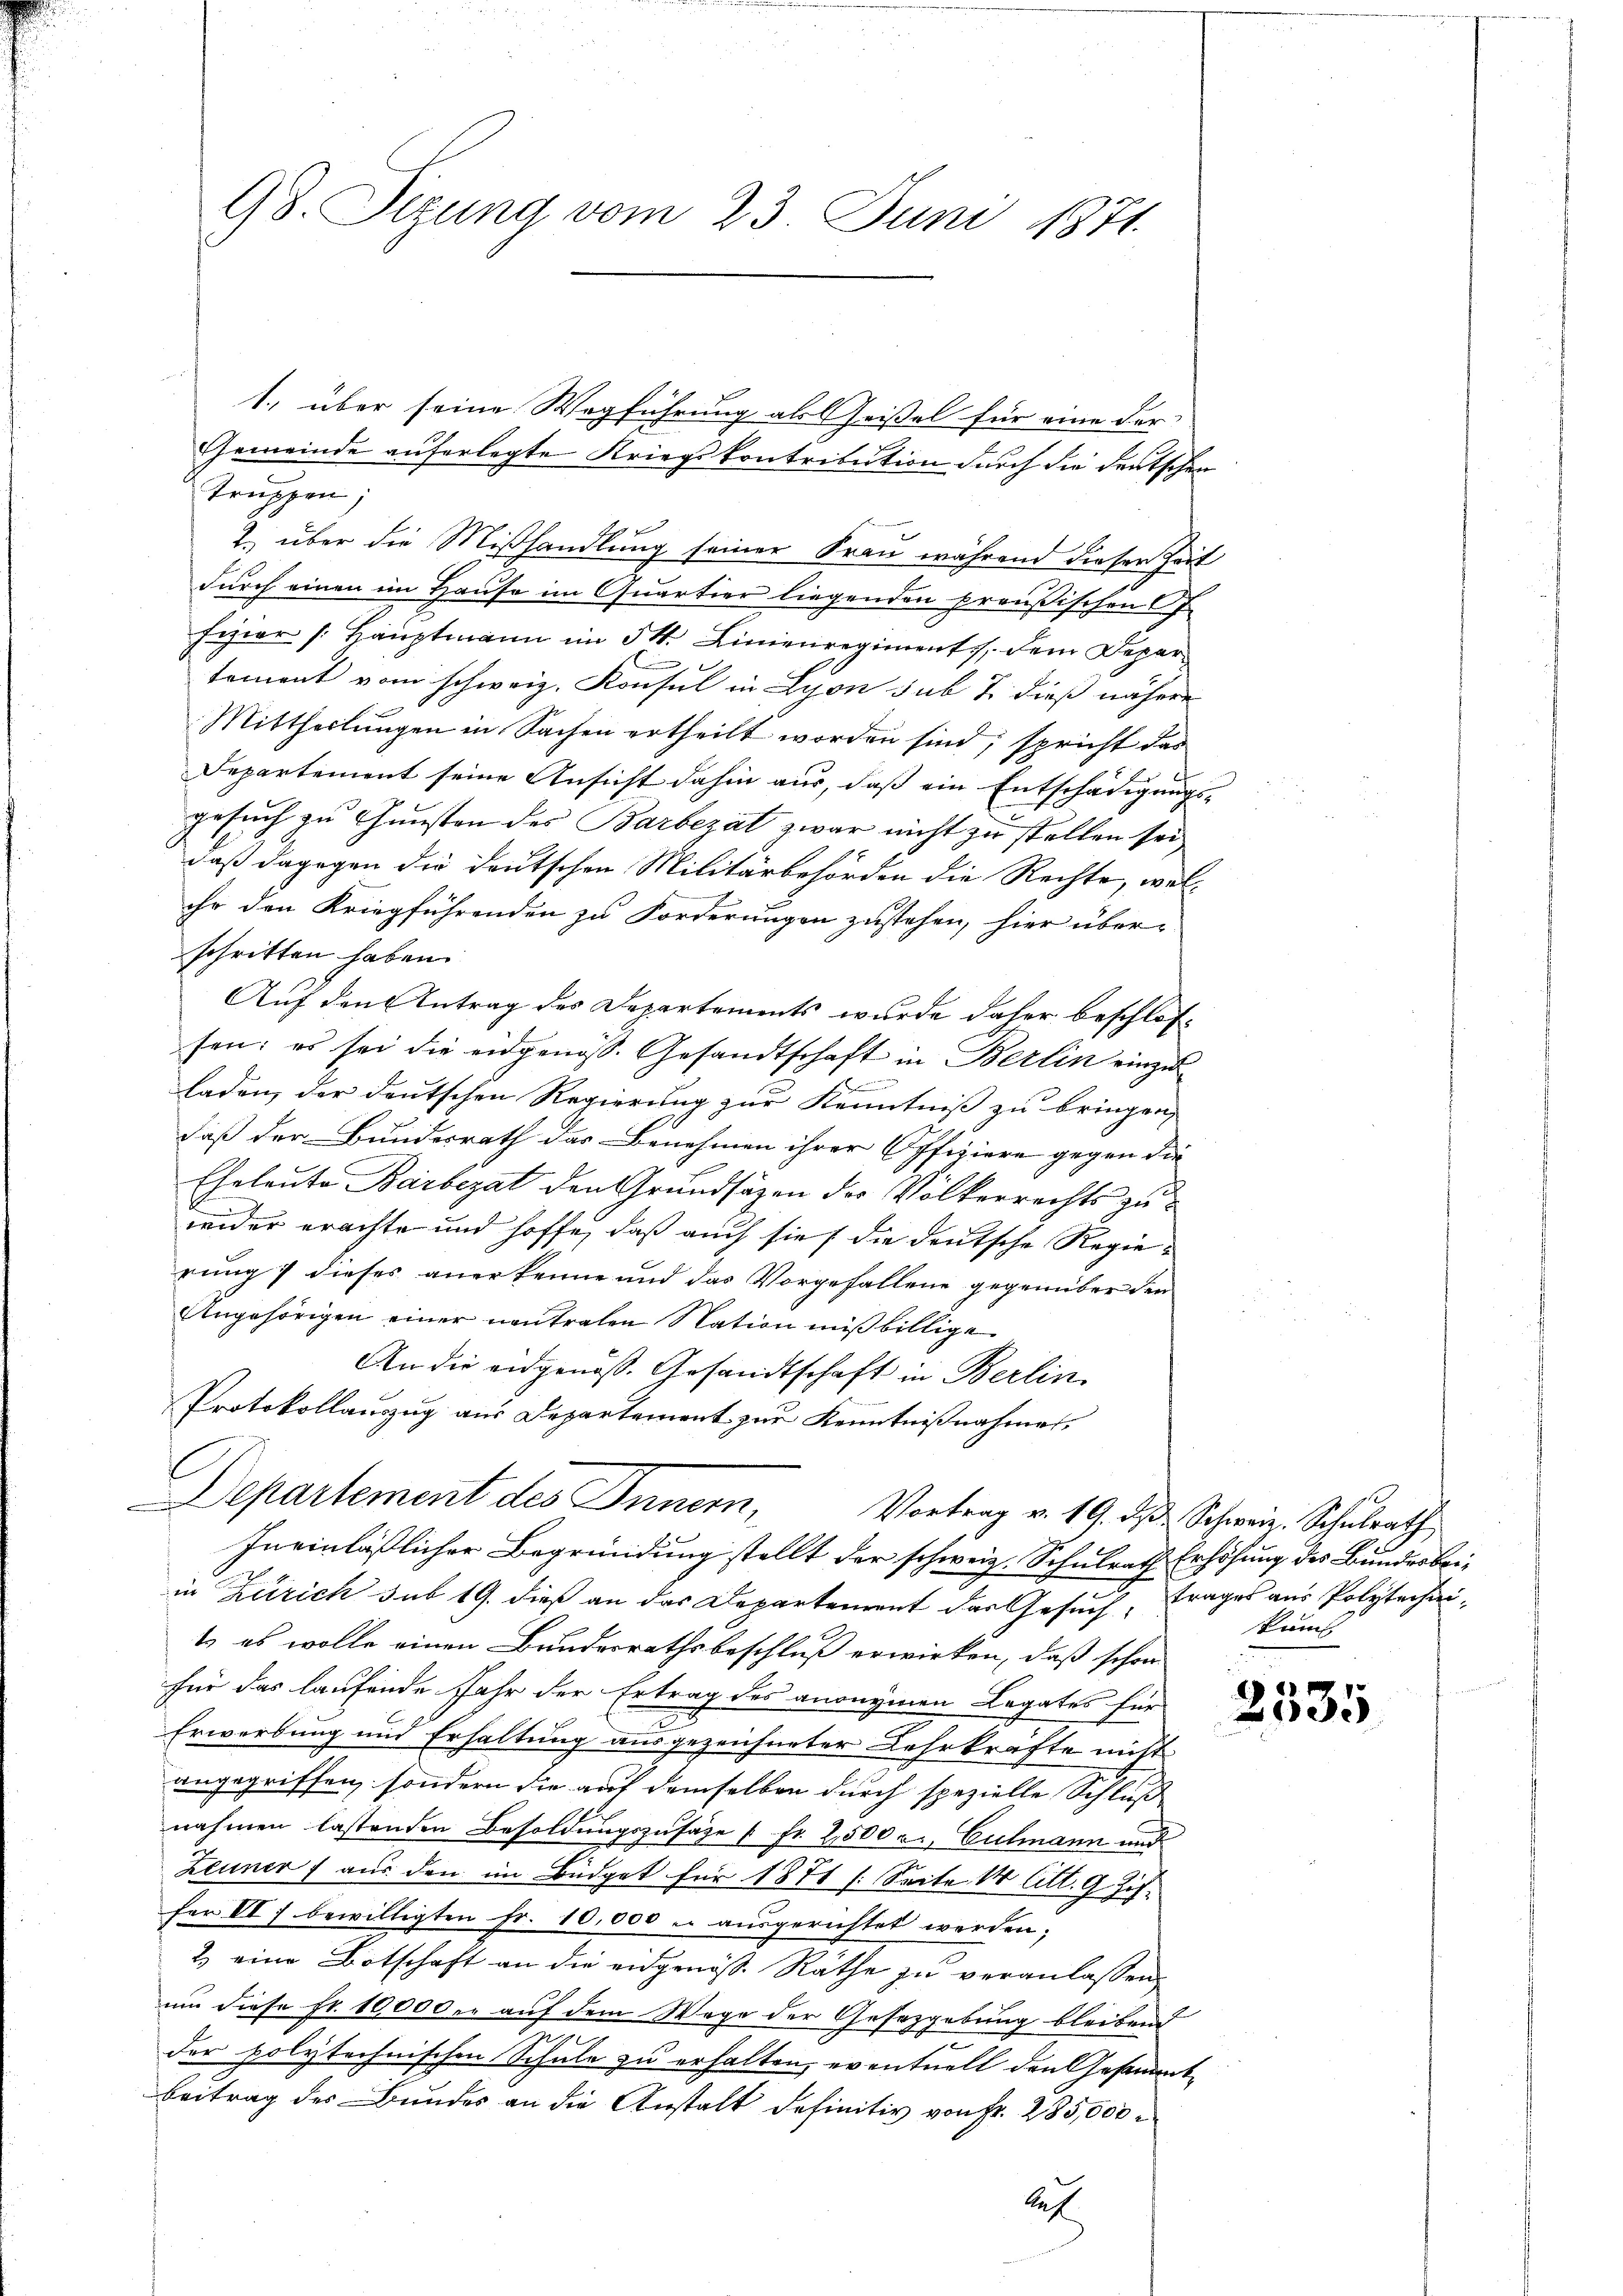
98. Sizung vom 23. Juni 1871.

Truppen;
e
2. über die Mißhandlung seiner Frau während dieser Zeit
durch einen im Hause im Quartier liegenden preußischen J.
fizier (Hauptmann im 54. Linienregiment, dem Depar
tement vom schweiz. Konsul in Lyon sub 7. dieß nähere

Mittheilungen in Sachen ertheilt worden sind, spricht das
Departement seine Ansicht dahin aus, daß ein Entschädigungs-
gesuch zu Gunsten des Barbezat zwar nicht zu stellen sei,
daß dagegen die deutschen Militärbehörden die Rechte, wel-
ihr den Kriegführenden zu Forderungen zustehen, hier über-
schritten haben.
Auf den Antrag des Departements wurde daher beschlossen: es sei die eidgenöss. Gesandtschaft in Berlin einzuladen, der deutschen Regierung zur Kenntniß zu bringen,
daß der Bundesrath das Benehmen ihrer Offiziere gegen die
Eheleute Barbezat den Grundsätzen der Völkerrechts zuwider erachte und hoffe, daß auch sie die deutsche Regierung dieses anerkenne und das Vorgefallene gegenüber den
Angehörigen einer neutralen Nation mißbillige
An die eidgenöss. Gesandtschaft in Berlin
Protokollauszug aus Departement zur Kenntnißnahmes
l
Departement des Innern,
Vortrag v. 19. dβ Schweiz. Schulrath
Ineinläßlicher Begründung stellt der schweiz. Schulrath Erhöhung des Bundesbeiin Zürich sub 19. dieß an das Departement das Gesuch, trages aus Polytechnit es wolle einen Bundesrathsbeschluß erwirken, daß schon
für das laufende Jahr der Ertrag des anonymen Legates für
Erwerbung und Erhaltung ausgezeichneter Lehrkräfte nicht
angegriffen, sondern die auf demselben durch spezielle Schluß
nahmen lastenden Besoldungszusage [Fr. 2500 r. Culmann und
Zeuner aus den im Büdget für 1871 /: Seite 1 litt. 9 Jahfer II 7 bewilligten Fr. 10,000 er ausgerichtet werden;
2) eine Botschaft an die eidgenös. Räthe zu veranlassen.
um diese Fr. 1000 der auf dem Wege der Gesezgebung bleibend
m
der polytechnischen Schule zu erhalten, eventuell den Gesamment¬
Beitrag des Bundes an die Anstalt definitiv von Fr. 285,000
le

1., über seine Wegführung als Geißel für eine der
Gemeinde auferlegte Kriegskontribution durch die deutschen

kums

05